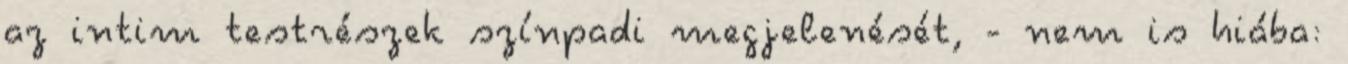
az intim testrészek színpadi megjelenését, - nem is hiába: